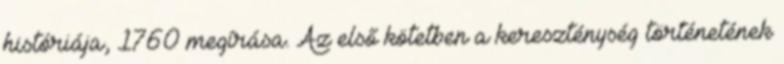
históriája, 1760 megírása. Az első kötetben a kereszténység történetének